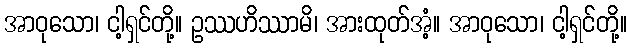
အာဝုသော၊ ငါ့ရှင်တို့။ ဥဿဟိဿာမိ၊ အားထုတ်အံ့။ အာဝုသော၊ ငါ့ရှင်တို့။